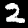
Digit: 2